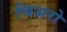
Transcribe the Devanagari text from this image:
चिअरो